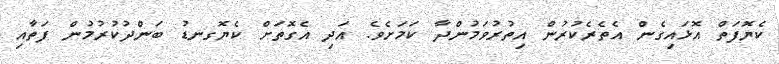
ކެޔޮފަތް އޮޅައިގެން އެތެރެކުރުން އިތުރުވަމުންދާ ކަމަށެވެ. އަދި އެގޮތަށް ކެޔޮގނޑު ބަންދުކުރުމުން ފަތާއި